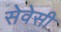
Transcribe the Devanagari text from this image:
सेवेसी